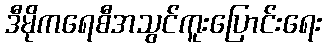
ဒီမိုကရေစီအသွင်ကူးပြောင်းရေး